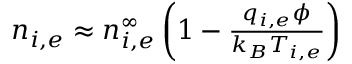
\begin{array} { r } { n _ { i , e } \approx n _ { i , e } ^ { \infty } \left( 1 - \frac { q _ { i , e } \phi } { k _ { B } T _ { i , e } } \right) } \end{array}